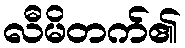
လီမိတက်၏